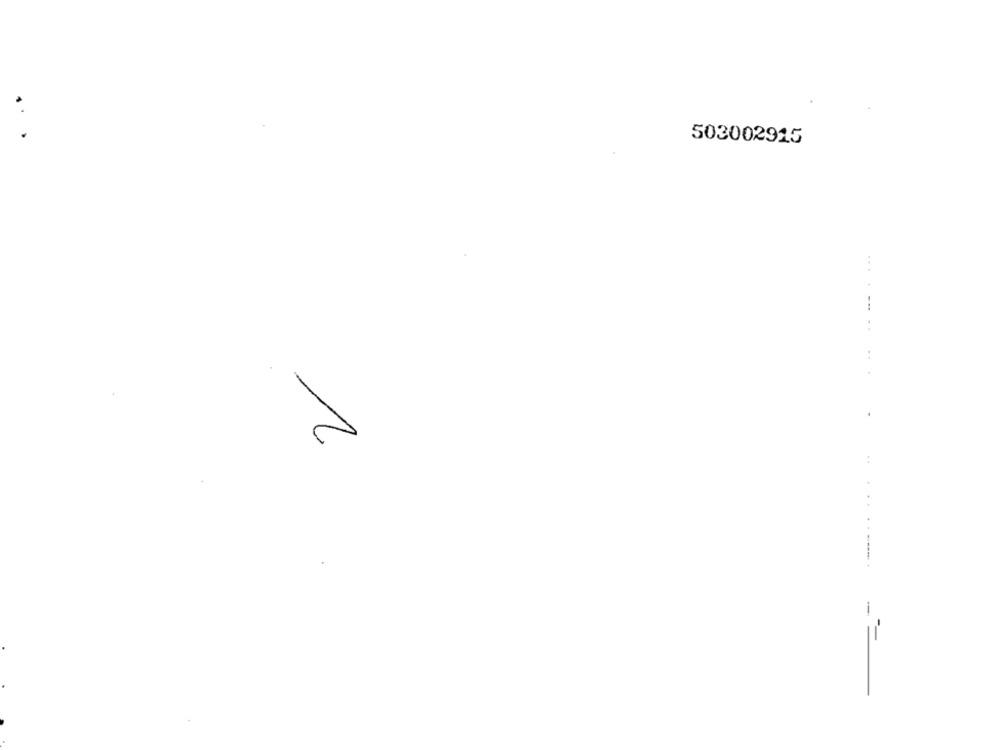
503002915
..